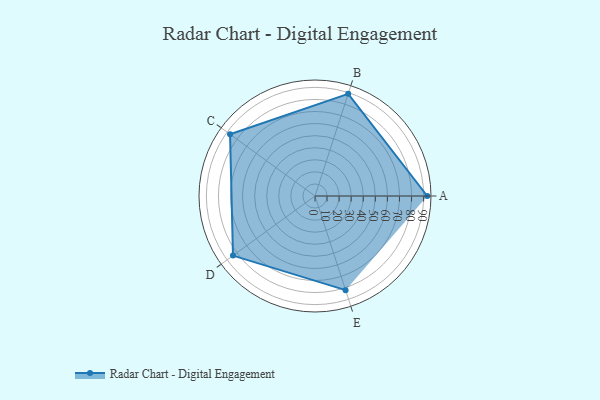
{"axis": {"x": "Skill", "y": "Score"}, "legend": ["Profile"], "data": [{"x": "A", "y": 93.0, "type": "Profile"}, {"x": "B", "y": 89.0, "type": "Profile"}, {"x": "C", "y": 87.0, "type": "Profile"}, {"x": "D", "y": 84.0, "type": "Profile"}, {"x": "E", "y": 82.0, "type": "Profile"}]}